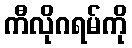
ကီလိုဂရမ်ကို